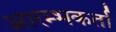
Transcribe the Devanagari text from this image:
आरम्भकर्ता